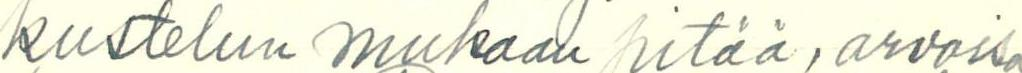
kustelun mukaan pitää, arvoisa